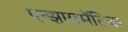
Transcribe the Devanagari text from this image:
एन्झायमॅटिक